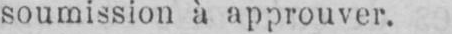
soumission à approuver.